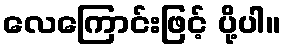
လေကြောင်းဖြင့် ပို့ပါ။